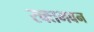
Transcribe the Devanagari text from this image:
रक्तभवन